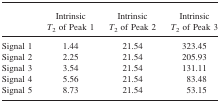
|  | Intrinsic T2 of Peak 1 | Intrinsic T2 of Peak 2 | Intrinsic T2 of Peak 3 |
 | --- | --- | --- | --- |
 | Signal 1 | 1.44 | 21.54 | 323.45 |
 | Signal 2 | 2.25 | 21.54 | 205.93 |
 | Signal 3 | 3.54 | 21.54 | 131.11 |
 | Signal 4 | 5.56 | 21.54 | 83.48 |
 | Signal 5 | 8.73 | 21.54 | 53.15 |